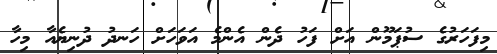
މިފަހަރުގެ ސުޕަމޫން އަށް ފަހު ދެން އެންމެ އަވަހަށް ހަނދު ދުނިޔެއާ މިހާ